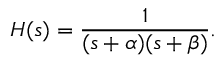
H ( s ) = { \frac { 1 } { ( s + \alpha ) ( s + \beta ) } } .